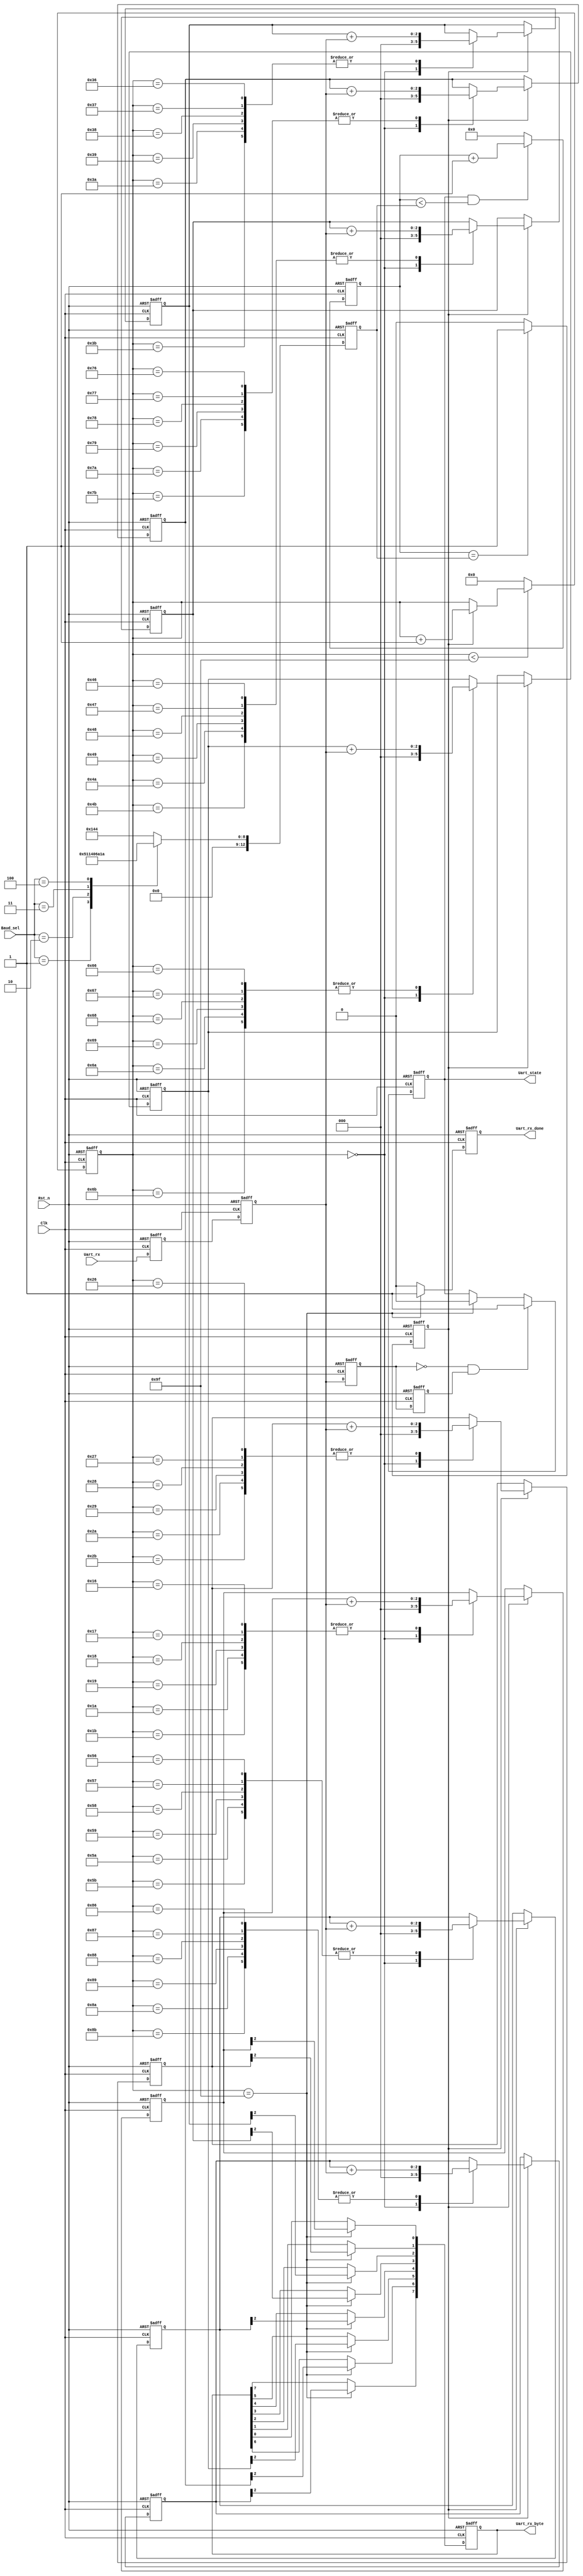

/**********************************************************\
	Filename		:	 uart_rx_byte.v
	Author  	   :   eric_xiang
	Description :   uart recv byte
	Revision		:   2019-11-13
	Company		:   personal
\**********************************************************/


module uart_rx_byte(
	Clk,
	Rst_n,
	
	Uart_rx,	
	Baud_sel,
	
	Uart_rx_byte,
	Uart_rx_done,
	Uart_state
);

input Clk;
input Rst_n;

input 	  Uart_rx; 					//uart
input [2:0]Baud_sel;					//	0: 9600  1:19200  2: 38400 3:57600  4:115200   period_time = 20ns

output reg [7:0]Uart_rx_byte;		//
output reg 		 Uart_rx_done;		//uart
output reg 		 Uart_state;		//uart  1


reg [7:0] bps_cnt;
reg 		 baud_div_clk;
reg [12:0]baud_div_cnt;

reg s0_uart_rx;
reg s1_uart_rx;

reg s1_uart_rx_r0;
reg s1_uart_rx_r1;

reg [2:0] START_BIT;
reg [2:0] STOP_BIT;
reg [2:0] uart_byte_r[7:0];  


reg [12:0]baud_cnt;

//
wire uart_nedg = ~s1_uart_rx_r0 & s1_uart_rx_r1;


//
always @(posedge Clk or negedge Rst_n) begin
	if (!Rst_n) begin
	baud_cnt <= 13'd324;  //9600 16161/16
	end else begin
		case (Baud_sel)
			0: baud_cnt <= 13'd324;
			1: baud_cnt <= 13'd162;
			2: baud_cnt <= 13'd80;
			3: baud_cnt <= 13'd53;
			4: baud_cnt <= 13'd26;
			default: baud_cnt <= 13'd324;
		endcase
	end
end


//Uart_state
always @(posedge Clk or negedge Rst_n) begin
	if (!Rst_n) begin
		Uart_state <= 1'b0;
	end else if (uart_nedg) begin
		Uart_state <= 1'b1;
	end else if (bps_cnt == 8'd159) begin
		Uart_state <= 1'b0;
	end else begin
		Uart_state <= Uart_state;
	end
end


//done
always @(posedge Clk or negedge Rst_n) begin
	if (!Rst_n) begin
		Uart_rx_done <= 1'b0;
	end else if (bps_cnt == 8'd159) begin		
		Uart_rx_done <= 1'b1;
	end else begin
		Uart_rx_done <= 1'b0;
	end
end


//
always @(posedge Clk or negedge Rst_n) begin
	if (!Rst_n) begin
		baud_div_cnt <= 13'd0;
	end else if (Uart_state && (baud_div_cnt < baud_cnt)) begin
		baud_div_cnt <= baud_div_cnt + 1'b1;	
	end else begin
		baud_div_cnt <= 13'd0;
	end
end

always @(posedge Clk or negedge Rst_n) begin
	if (!Rst_n) begin
		baud_div_clk <= 1'b0;
	end else if (baud_div_cnt == baud_cnt) begin
		baud_div_clk <= 1'b1;
	end else begin
		baud_div_clk <= 1'b0;
	end
end

//
always @(posedge Clk or negedge Rst_n) begin
	if (!Rst_n) begin
		bps_cnt <= 8'd0;
	end else if (bps_cnt < 8'd159) begin
		if (baud_div_clk) begin
			bps_cnt <= bps_cnt + 1'b1;
		end else begin
			bps_cnt <= bps_cnt;
		end
	end else if ( bps_cnt == 8'd12 && (START_BIT > 2) ) begin  //
		bps_cnt <= 8'd0;	
	end else begin
		bps_cnt <= 8'd0;
	end
end

//uart_rx
always @(posedge Clk or negedge Rst_n) begin
	if (!Rst_n) begin
		s0_uart_rx <= 1'b0;
		s1_uart_rx <= 1'b0;
	end else begin
		s0_uart_rx <= Uart_rx;
		s1_uart_rx <= s0_uart_rx;		
	end

end

//s0_uart_rx,
always @(posedge Clk or negedge Rst_n) begin
	if (!Rst_n) begin
		s1_uart_rx_r0 <= 1'b0;
		s1_uart_rx_r1 <= 1'b0;
	end else begin
		s1_uart_rx_r0 <= s1_uart_rx;
		s1_uart_rx_r1 <= s1_uart_rx_r0;		
	end

end


/****************************************************************************\ 
	- bps_cnt
	- 8bitbit3 31166
     6bit01.3610
     1.	  
\***************************************************************************/	

always @(posedge Clk or negedge Rst_n) begin
	if (!Rst_n) begin
		START_BIT <= 3'd0;
		uart_byte_r[0] <= 3'd0;
		uart_byte_r[1] <= 3'd0;
		uart_byte_r[2] <= 3'd0;
		uart_byte_r[3] <= 3'd0;
		uart_byte_r[4] <= 3'd0;
		uart_byte_r[5] <= 3'd0;
		uart_byte_r[6] <= 3'd0;
		uart_byte_r[7] <= 3'd0;
		STOP_BIT			<= 3'd0;
	end else begin
		if (baud_div_clk) begin
			case (bps_cnt)
				0: begin
					START_BIT	   <= 3'd0;
					uart_byte_r[0] <= 3'd0;
					uart_byte_r[1] <= 3'd0;
					uart_byte_r[2] <= 3'd0;
					uart_byte_r[3] <= 3'd0;
					uart_byte_r[4] <= 3'd0;
					uart_byte_r[5] <= 3'd0;
					uart_byte_r[6] <= 3'd0;
					uart_byte_r[7] <= 3'd0;
					STOP_BIT			<= 3'd0;							
				end
				6,7,8,9,10,11: 			 	START_BIT 		<= START_BIT + s1_uart_rx;
				22,23,24,25,26,27: 		 	uart_byte_r[0] <= uart_byte_r[0] + s1_uart_rx;
				38,39,40,41,42,43: 		 	uart_byte_r[1] <= uart_byte_r[1] + s1_uart_rx;
				54,55,56,57,58,59: 		 	uart_byte_r[2] <= uart_byte_r[2] + s1_uart_rx;
				70,71,72,73,74,75: 		 	uart_byte_r[3] <= uart_byte_r[3] + s1_uart_rx;
				86,87,88,89,90,91: 		 	uart_byte_r[4] <= uart_byte_r[4] + s1_uart_rx;
				102,103,104,105,106,107: 	uart_byte_r[5] <= uart_byte_r[5] + s1_uart_rx;
				118,119,120,121,122,123: 	uart_byte_r[6] <= uart_byte_r[6] + s1_uart_rx;
				134,135,136,137,138,139: 	uart_byte_r[7] <= uart_byte_r[7] + s1_uart_rx;
				150,151,152,153,154,155:   STOP_BIT			<= STOP_BIT + s1_uart_rx;
				default: begin
					START_BIT		<= START_BIT;		
					uart_byte_r[0] <= uart_byte_r[0]; 
					uart_byte_r[1] <= uart_byte_r[1];
					uart_byte_r[2] <= uart_byte_r[2]; 
					uart_byte_r[3] <= uart_byte_r[3]; 
					uart_byte_r[4] <= uart_byte_r[4]; 
					uart_byte_r[5] <= uart_byte_r[5]; 
					uart_byte_r[6] <= uart_byte_r[6]; 
					uart_byte_r[7] <= uart_byte_r[7]; 
					STOP_BIT			<= STOP_BIT;			
				end
			endcase
		end
	end
end

/****************************************************************************\ 
	-uart_rx8,3166
	 630/1,3
	 116313
	 01
\***************************************************************************/
	
always @(posedge Clk or negedge Rst_n) begin
	if (!Rst_n) begin
		Uart_rx_byte <= 8'd0;
	end else if (bps_cnt == 8'd159) begin
		Uart_rx_byte[0] <= uart_byte_r[0][2];
		Uart_rx_byte[1] <= uart_byte_r[1][2];
		Uart_rx_byte[2] <= uart_byte_r[2][2];
		Uart_rx_byte[3] <= uart_byte_r[3][2];
		Uart_rx_byte[4] <= uart_byte_r[4][2];
		Uart_rx_byte[5] <= uart_byte_r[5][2];
		Uart_rx_byte[6] <= uart_byte_r[6][2];
		Uart_rx_byte[7] <= uart_byte_r[7][2];	
	end else begin 
		Uart_rx_byte <= Uart_rx_byte;
	end
end


endmodule